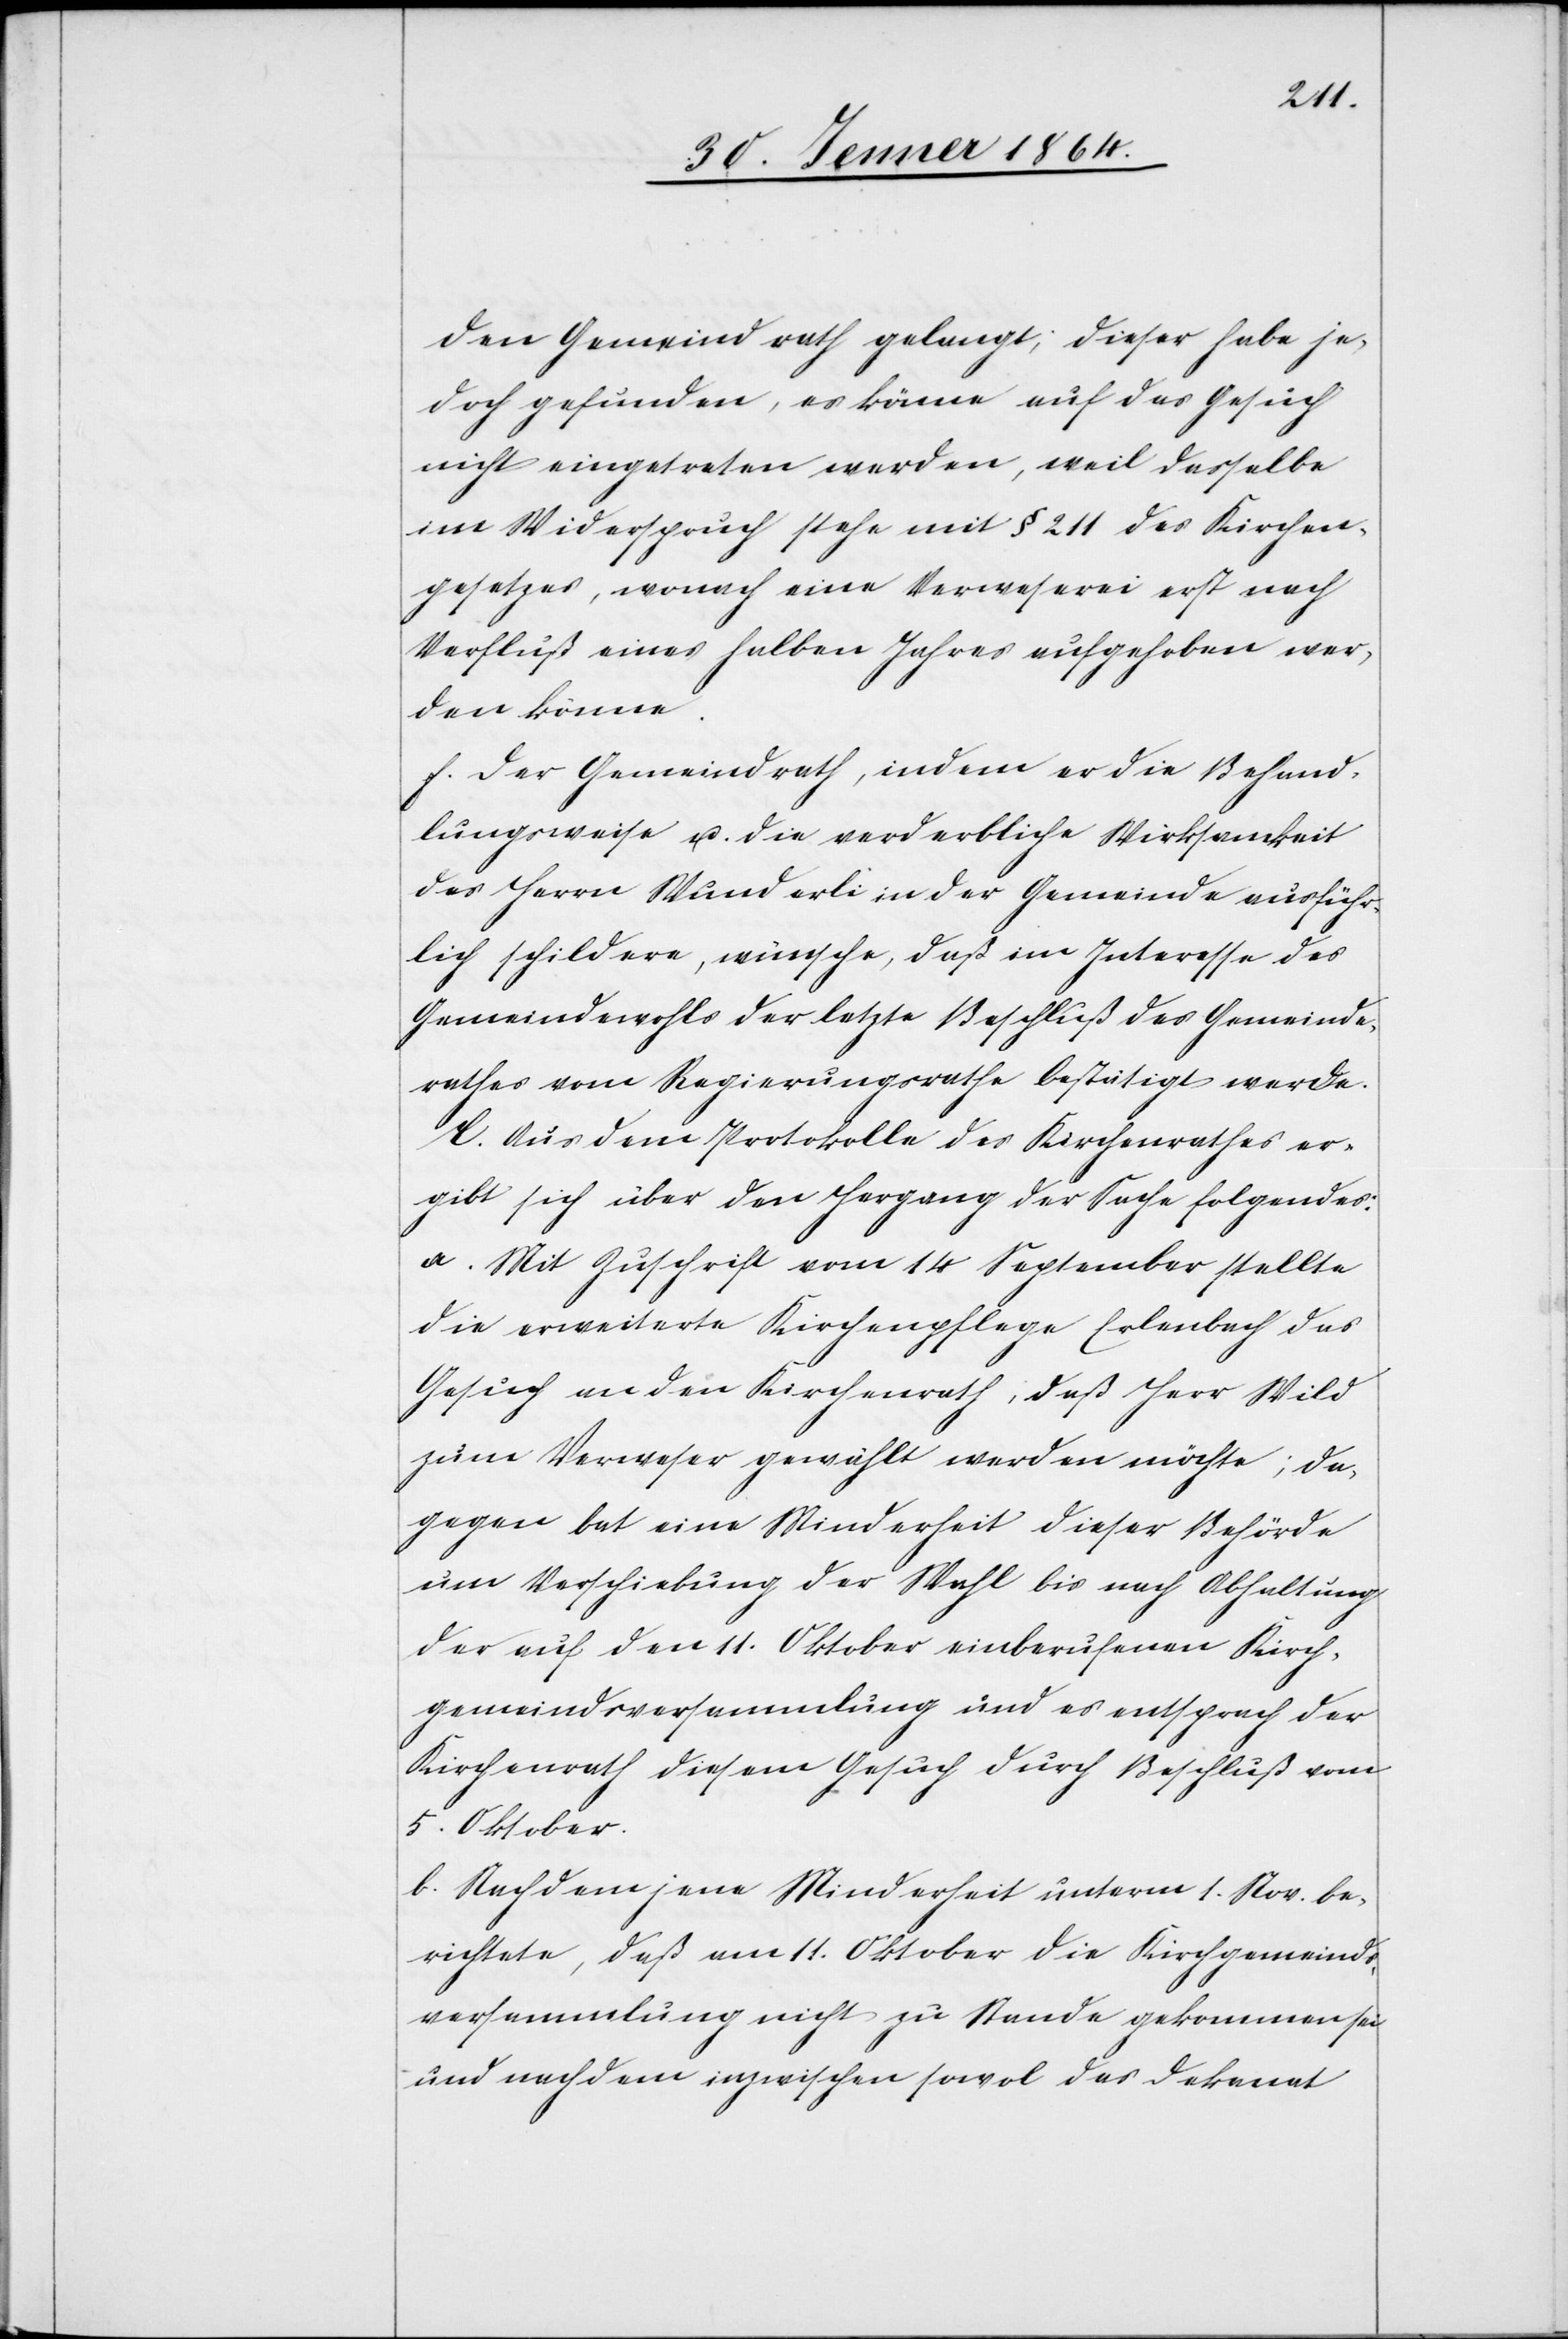
den Gemeindrath gelangt; dieser habe je¬
doch gefunden, es könne auf das Gesuch
nicht eingetreten werden, weil dasselbe
im Widerspruch stehe mit § 211 des Kirchen¬
gesetzes, wonach eine Verweserei erst nach
Verfluß eines halben Jahres aufgehoben wer¬
den könne.
f.) Der Gemeindrath, indem er die Behand¬
lungsweise u. die verderbliche Wirksamkeit
des Herrn Wunderli in der Gemeinde ausführ¬
lich schildere, wünsche, daß im Interesse des
Gemeindewohls der letzte Beschluß des Gemeinde¬
rathes vom Regierungsrathe beseitigt werde.
C. Aus dem Protokolle des Kirchenrathes er¬
gibt sich über den Hergang der Sache folgendes:
a. Mit Zuschrift vom 14. September stellte
die erweiterte Kirchenpflege Erlenbach das
Gesuch an den Kirchenrath, daß Herr Wild
zum Verweser gewählt werden möchte; da¬
gegen bat eine Minderheit dieser Behörde
um Verschiebung der Wahl bis nach Abhaltung
der auf den 11. Oktober einberufenen Kirch¬
gemeindsversammlung und es entsprach der
Kirchenrath diesem Gesuch durch Beschluß vom
5. Oktober.
b. Nachdem jene Minderheit unterm 1. Nov. be¬
richtete, daß am 11. Oktober die Kirchgemeinds¬
versammlung nicht zu Stande gekommen sei
und nachdem inzwischen sowol das Dekanat